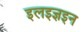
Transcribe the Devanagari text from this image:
इलइज्ञइन